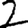
Digit: 2